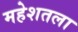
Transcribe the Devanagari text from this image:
महेशतला